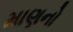
માણનો